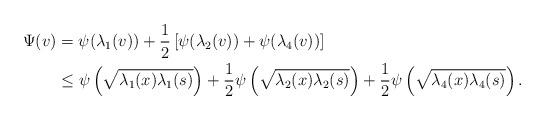
LaTeX: \begin{align*}\Psi(v)& = \psi(\lambda_1(v))+\frac{1}{2}\left[\psi(\lambda_2(v))+\psi(\lambda_4(v))\right]\\&\leq \psi\left(\sqrt{\lambda_1(x)\lambda_1(s)}\right)+\frac{1}{2} \psi\left(\sqrt{\lambda_2(x)\lambda_2(s)}\right)+\frac{1}{2} \psi\left(\sqrt{\lambda_4(x)\lambda_4(s)}\right).\end{align*}